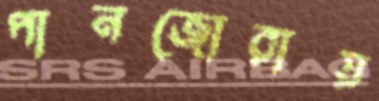
পানজোরায়